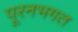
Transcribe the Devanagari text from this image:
पूरनभगत